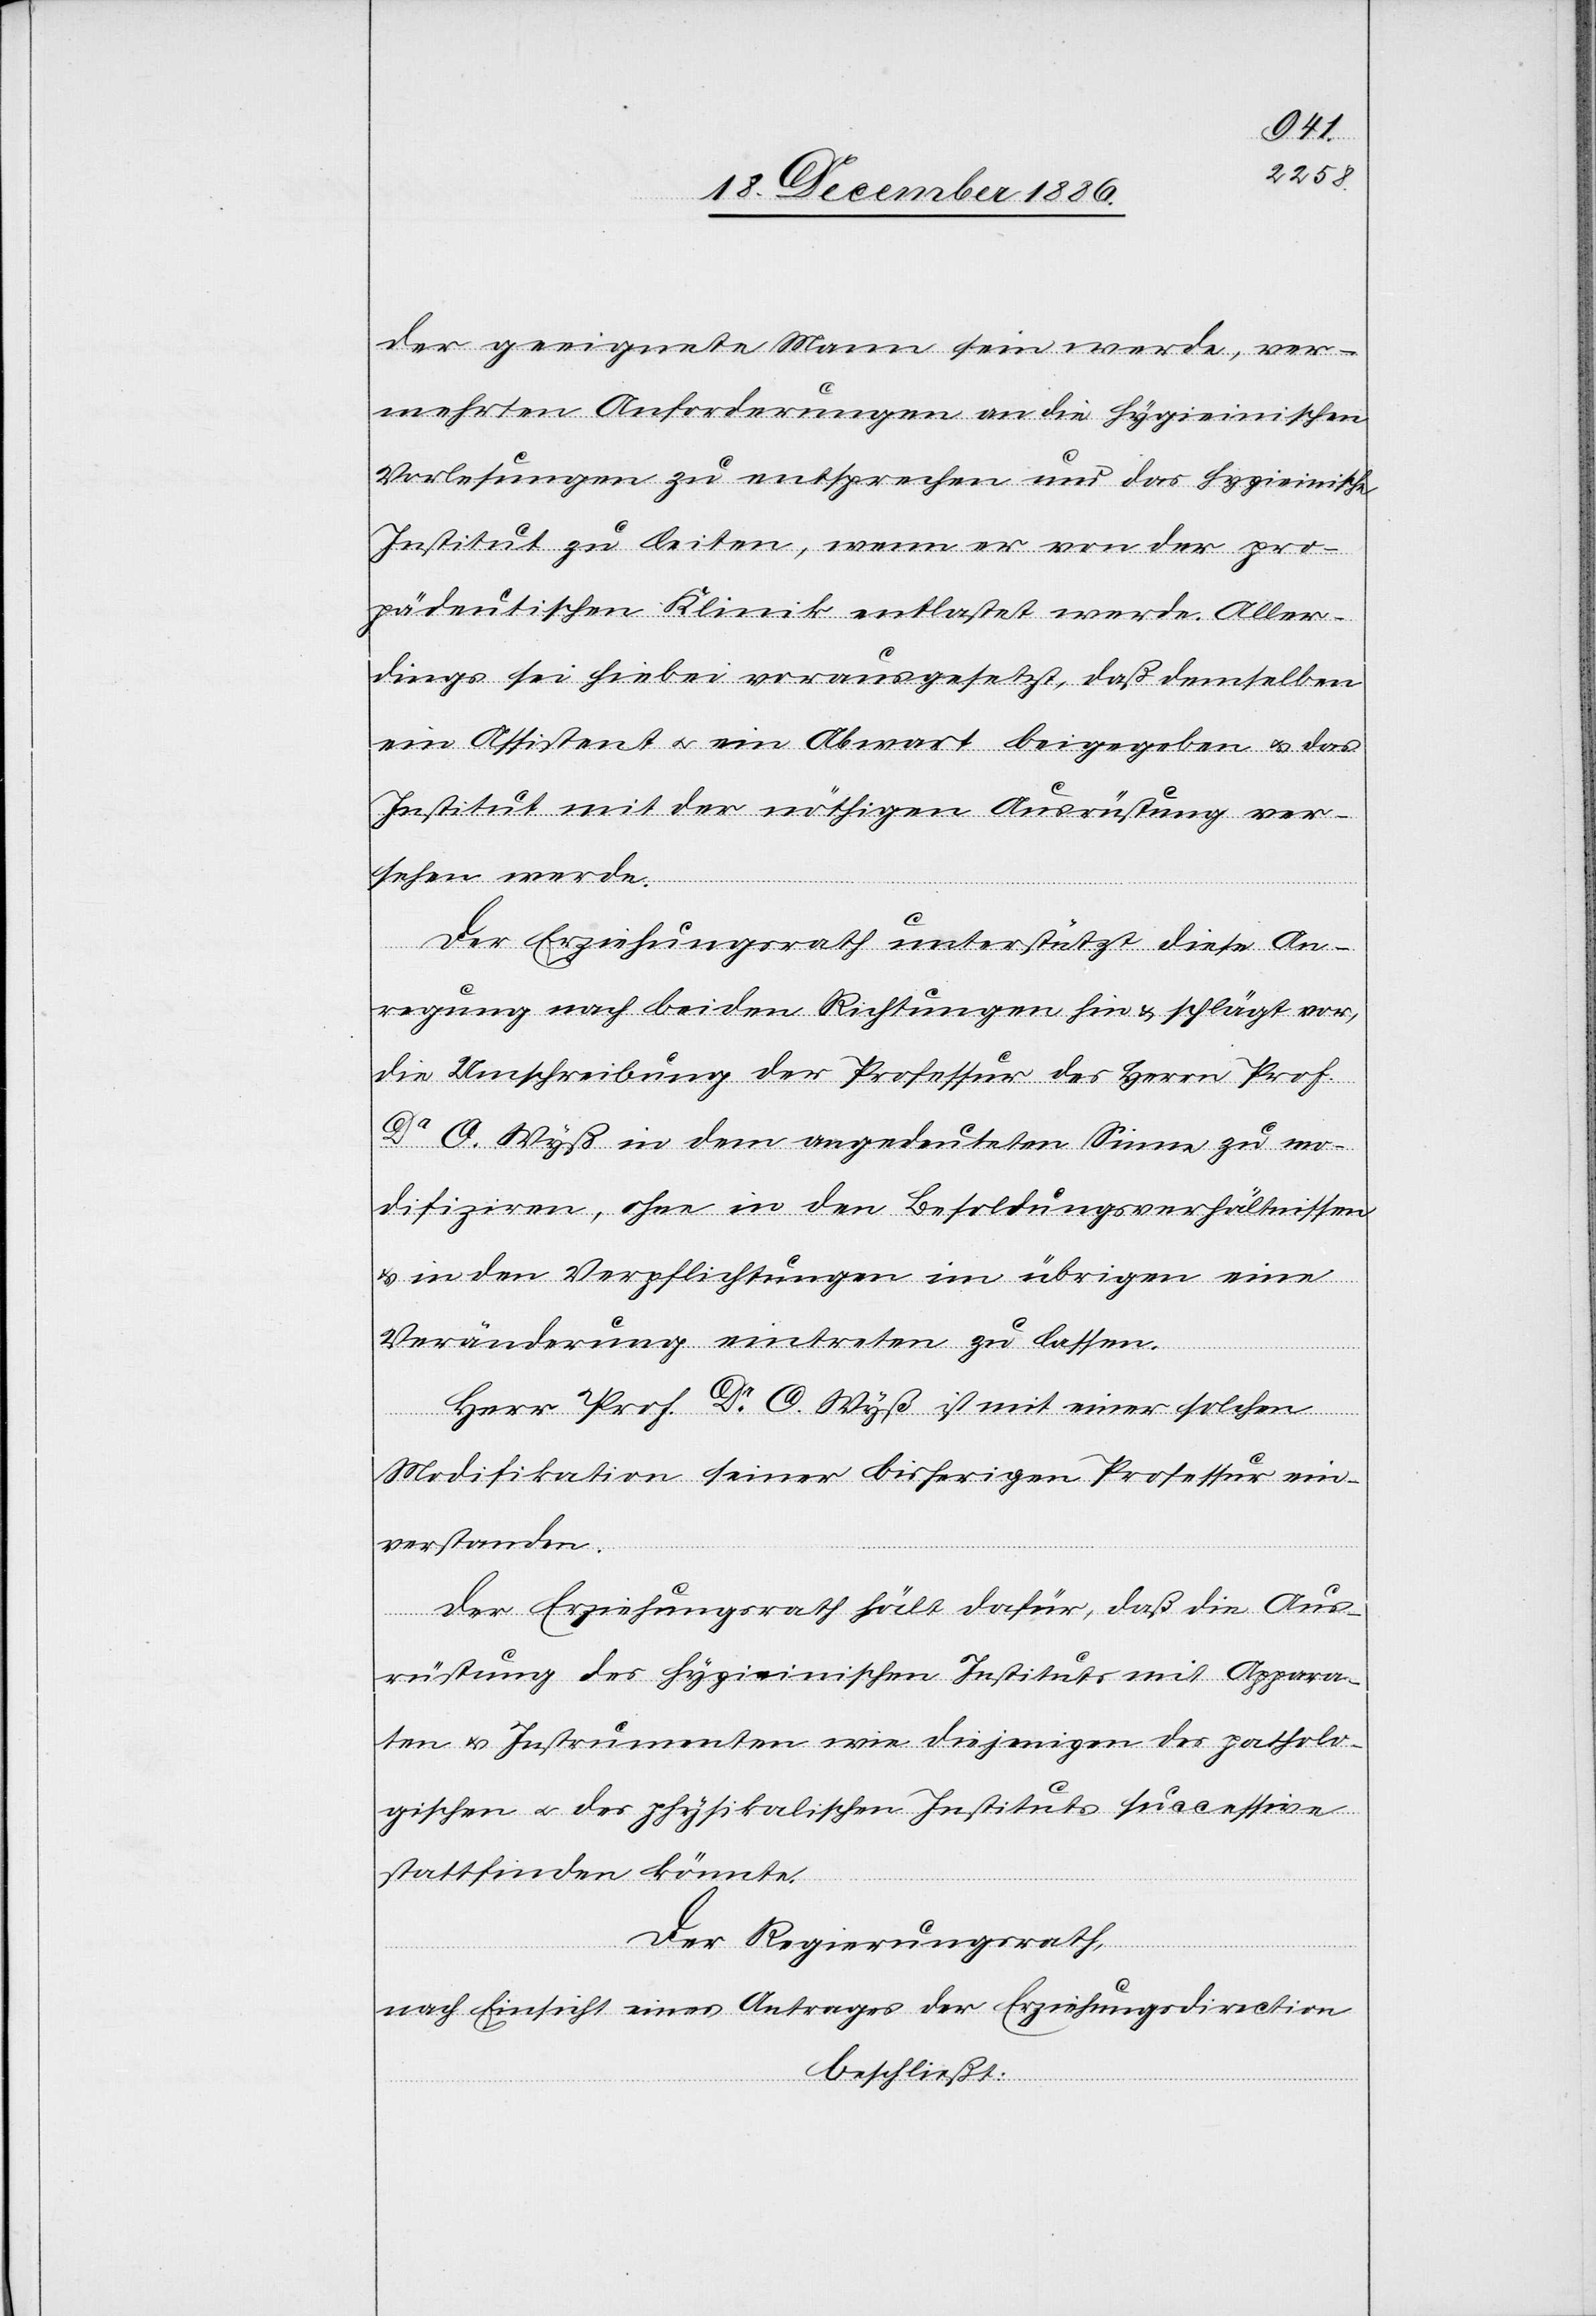
der geeignete Mann sein werde, ver¬
mehrten Anforderungen an die hygieinischen
Vorlesungen zu entsprechen und das hygieinische
Institut zu leiten, wenn er von der pro¬
pädeutischen Klinik entlastet werde. Aller¬
dings sei hiebei vorausgesetzt, daß demselben
ein Assistent & ein Abwart beigegeben & das
Institut mit der nöthigen Ausrüstung ver¬
sehen werde.
Der Erziehungsrath unterstützt diese An¬
regung nach beiden Richtungen hin & schlägt vor,
die Umschreibung der Professur des Herrn Prof.
Dr O. Wyß in dem angedeuteten Sinne zu mo¬
difiziren, ohne in den Besoldungsverhältnissen
& in den Verpflichtungen im übrigen eine
Veränderung eintreten zu lassen.
Herr Prof. Dr O. Wyß ist mit einer solchen
Modifikation seiner bisherigen Professur ein¬
verstanden.
Der Erziehungsrath hält dafür, daß die Aus¬
rüstung des hygieinischen Instituts mit Appara¬
ten & Instrumenten wie diejenigen des patholo¬
gischen & des physikalischen Instituts successive
stattfinden könnte.
Der Regierungsrath,
nach Einsicht eines Antrages der Erziehungsdirection
beschließt: